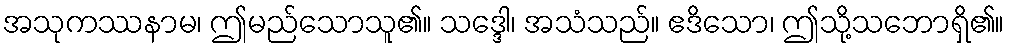
အသုကဿနာမ၊ ဤမည်သောသူ၏။ သဒ္ဒေါ၊ အသံသည်။ ဧဒိသော၊ ဤသို့သဘောရှိ၏။